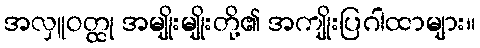
အလှူဝတ္ထု အမျိုးမျိုးတို့၏ အကျိုးပြဂါထာများ။